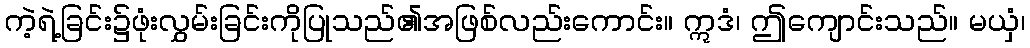
ကဲ့ရဲ့ခြင်း၌ဖုံးလွှမ်းခြင်းကိုပြုသည်၏အဖြစ်လည်းကောင်း။ ဣဒံ၊ ဤကျောင်းသည်။ မယှံ၊